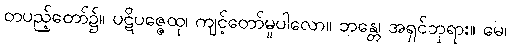
တပည့်တော်၌။ ပဋိပဇ္ဇေထု၊ ကျင့်တော်မူပါလော။ ဘန္တေ၊ အရှင်ဘုရား။ မေ၊